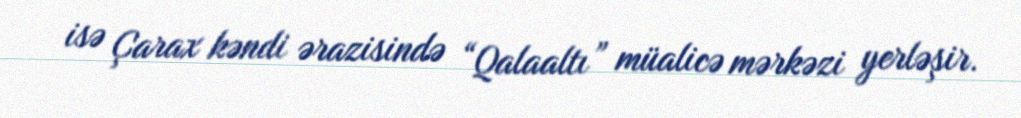
isə Çarax kəndi ərazisində “Qalaaltı” müalicə mərkəzi yerləşir.